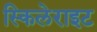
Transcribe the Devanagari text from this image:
स्किलेराइट